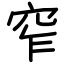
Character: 窄